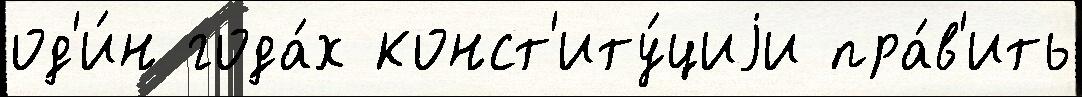
од'и́н года́х конст'иту́циjи пра́в'ить